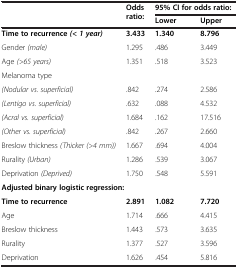
<table><thead><tr><td rowspan="2"><b> </b></td><td rowspan="2"><b>Odds ratio:</b></td><td colspan="2"><b>95% CI for odds ratio:</b></td></tr><tr><td><b>Lower</b></td><td><b>Upper</b></td></tr></thead><tbody><tr><td><b>Time to recurrence </b><b><i>(&lt; 1 year)</i></b></td><td><b>3.433</b></td><td><b>1.340</b></td><td><b>8.796</b></td></tr><tr><td>Gender <i>(male)</i></td><td>1.295</td><td>.486</td><td>3.449</td></tr><tr><td>Age <i>(&gt;65 years)</i></td><td>1.351</td><td>.518</td><td>3.523</td></tr><tr><td>Melanoma type</td><td> </td><td> </td><td> </td></tr><tr><td><i>(Nodular vs. superficial)</i></td><td>.842</td><td>.274</td><td>2.586</td></tr><tr><td><i>(Lentigo vs. superficial)</i></td><td>.632</td><td>.088</td><td>4.532</td></tr><tr><td><i>(Acral vs. superficial)</i></td><td>1.684</td><td>.162</td><td>17.516</td></tr><tr><td><i>(Other vs. superficial)</i></td><td>.842</td><td>.267</td><td>2.660</td></tr><tr><td>Breslow thickness <i>(Thicker (&gt;4 mm))</i></td><td>1.667</td><td>.694</td><td>4.004</td></tr><tr><td>Rurality <i>(Urban)</i></td><td>1.286</td><td>.539</td><td>3.067</td></tr><tr><td>Deprivation <i>(Deprived)</i></td><td>1.750</td><td>.548</td><td>5.591</td></tr><tr><td colspan="4"><b>Adjusted binary logistic regression:</b></td></tr><tr><td><b>Time to recurrence</b></td><td><b>2.891</b></td><td><b>1.082</b></td><td><b>7.720</b></td></tr><tr><td>Age</td><td>1.714</td><td>.666</td><td>4.415</td></tr><tr><td>Breslow thickness</td><td>1.443</td><td>.573</td><td>3.635</td></tr><tr><td>Rurality</td><td>1.377</td><td>.527</td><td>3.596</td></tr><tr><td>Deprivation</td><td>1.626</td><td>.454</td><td>5.816</td></tr></tbody></table>